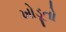
ખોડૂતો